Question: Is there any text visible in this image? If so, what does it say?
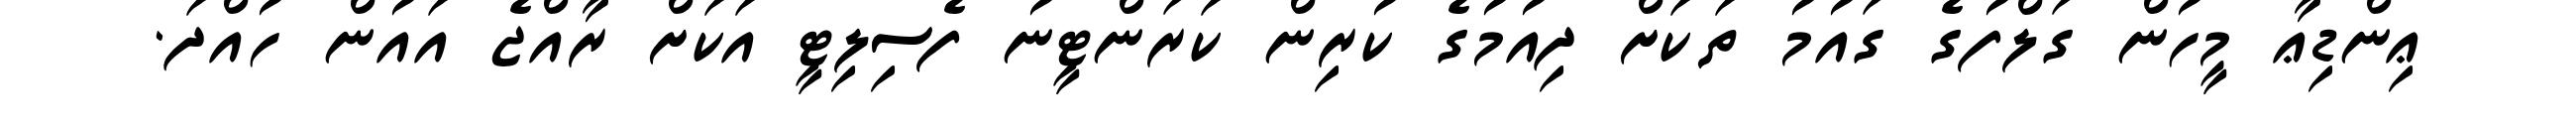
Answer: ޢިންޑިޢާ މީހުން ގަލްފުގެ ގައުމު ތަކަށް ދިއުމުގެ ކުރިން ކަރަންޓީނު ފެސިލިޓީ އަކަށް ރާއްޖެ އައުން ހުއްދަ.